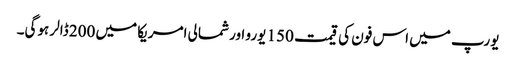
یورپ میں اس فون کی قیمت 150 یورو اور شمالی امریکا میں 200 ڈالر ہوگی۔